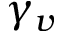
\gamma _ { v }